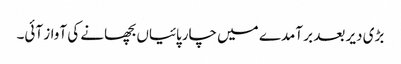
بڑی دیر بعد بر آمدے میں چارپائیاں بچھانے کی آواز آئی۔